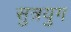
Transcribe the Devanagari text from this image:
सुत्रयुग